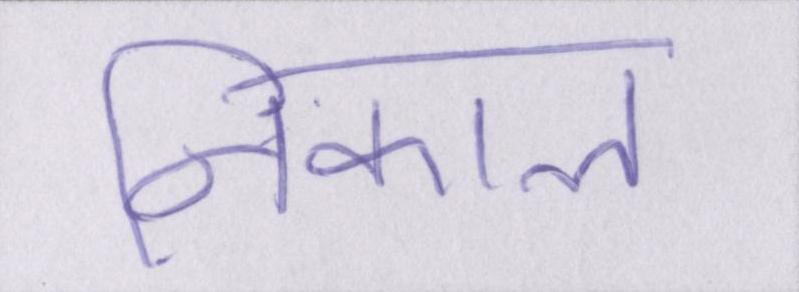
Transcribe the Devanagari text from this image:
निकाल